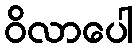
ဝိလာပေါ